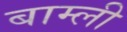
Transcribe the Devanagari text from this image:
बाम्ली